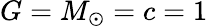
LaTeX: G=M_{\odot}=c=1